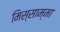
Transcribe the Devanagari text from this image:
मिस्साम्मा